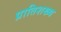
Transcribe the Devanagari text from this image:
प्रातिशख्य